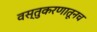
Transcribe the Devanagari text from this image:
वस्तुकरणातूनच